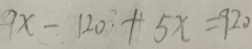
9 x - 1 2 0 + 5 x = 9 2 0